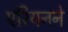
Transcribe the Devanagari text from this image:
एरियनने